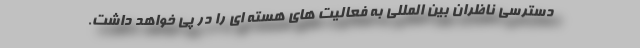
دسترسی ناظران بین المللی به فعالیت های هسته ای را در پی خواهد داشت.